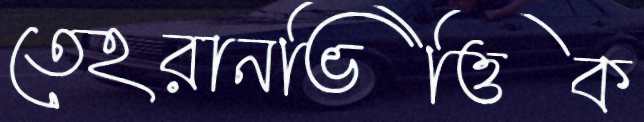
তেহরানভিত্তিক